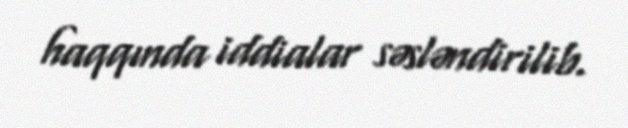
haqqında iddialar səsləndirilib.